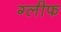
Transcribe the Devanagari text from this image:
ग्लीफ